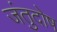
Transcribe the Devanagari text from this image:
जंतुदोष